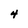
Character: 4